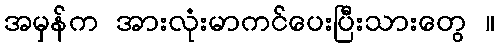
အမှန်က အားလုံးမာကင်ပေးပြီးသားတွေ ။